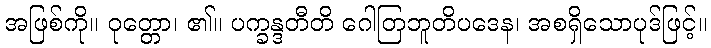
အဖြစ်ကို။ ဝုတ္တော၊ ၏။ ပက္ခန္ဒတီတိ ဂေါတြဘူတိပဒေန၊ အစရှိသောပုဒ်ဖြင့်။